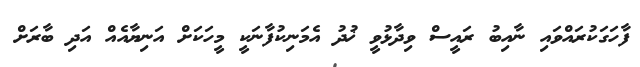
ފާހަގަކުރައްވައި ނާއިބު ރައީސް ވިދާޅުވީ ޚުދު އެމަނިކުފާނަކީ މީހަކަށް އަނިޔާއެއް އަދި ބާރަށް